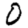
Digit: 0